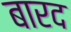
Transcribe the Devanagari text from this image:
बारद